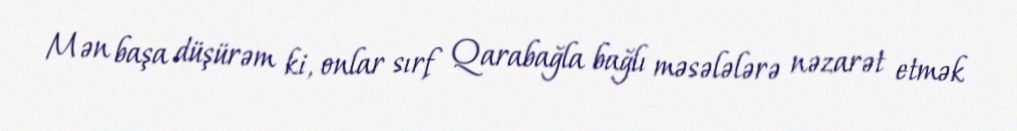
Mən başa düşürəm ki, onlar sırf Qarabağla bağlı məsələlərə nəzarət etmək